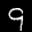
Label: 9